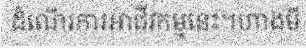
ដំណើរការអាជីវកម្មនេះ។ហាងមី